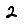
Digit: 2